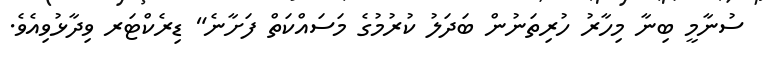
ސުނާމީ ބިނާ މިހާރު ހުރިތަނުން ބަދަލު ކުރުމުގެ މަސައްކަތް ފަށާނެ" ޑިރެކްޓަރ ވިދާޅުވިއެވެ.